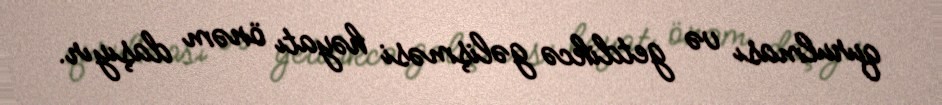
qurulması və getdikcə gəlişməsi həyatı önəm daşıyır.